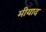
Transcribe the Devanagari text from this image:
मीयाद